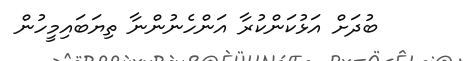
ބުދަށް އަޅުކަންކުރާ އަންހެނުންނާ ތިޔަބައިމީހުން